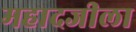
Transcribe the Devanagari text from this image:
महादजीला